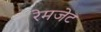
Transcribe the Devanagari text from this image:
रेमजेट